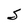
Character: S